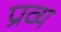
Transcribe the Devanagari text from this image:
प्रव्य